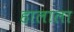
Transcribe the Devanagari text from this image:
हालाला